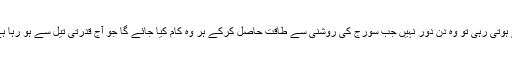
اگر سائنسی تحقیق اسی رفتار سے ہوتی رہی تو وہ دن دور نہیں جب سورج کی روشنی سے طاقت حاصل کرکے ہر وہ کام کیا جائے گا جو آج قدرتی تیل سے ہو رہا ہے اور جس کے ذخائر محدود ہیں۔